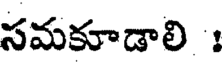
సమకూడాలి :